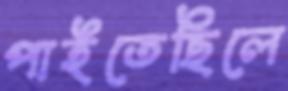
পাইতেছিলে